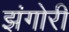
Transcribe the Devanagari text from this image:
झंगोरी